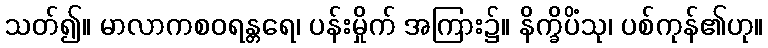
သတ်၍။ မာလာကစဝရန္တရေ၊ ပန်းမှိုက် အကြား၌။ နိက္ခိပိံသု၊ ပစ်ကုန်၏ဟု။